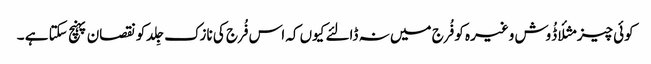
کوئی چیز مثلأ ڈُوش وغیرہ کو فُرج میں نہ ڈالئے کیوں کہ اس فُرج کی نازک جِلد کو نقصان پہنچ سکتا ہے ۔